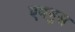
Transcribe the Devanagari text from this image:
एक्युस